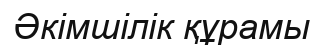
Әкімшілік құрамы